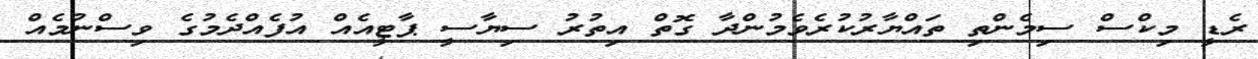
ރެޑީ މިކްސް ސިމެންތި ތައްޔާރުކުރެވެމުންދާ ގޮތް އިތުރު ސިޔާސީ ޕާޓީއެއް އުފެއްދެމުގެ ވިސްނުމެއް